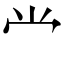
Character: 龸